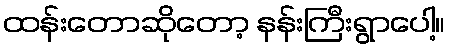
ထန်းတောဆိုတော့ နန်းကြီးရွာပေါ့။